Annual report on the Civil Veterinary Department, Burma (including the Insein Veterinary School) - 1910-1922
Year: 1910
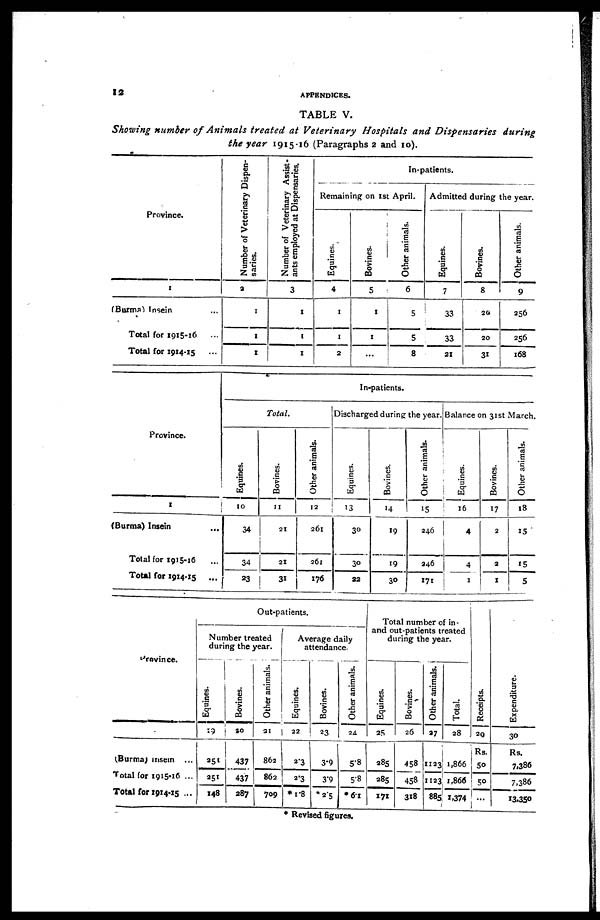
12
APPENDICES.
TABLE V.
Showing number of Animals treated at Veterinary Hospitals and Dispensaries during
the year 1915-16 (Paragraphs 2 and 10).
Province.
1
(Burma) Insein ...
Total for 1915-16 ...
Total for 1914-15 ...
Number of Veterinary Dispen-
saries.
2
1
1
1
Number of Veterinary Assist-
ants employed at Dispensaries.
3
1
1
1
In-patients.
Remaining on 1st April.
Equines.
4
1
1
2
Bovines-
5
1
1
...
Other animals.
6
5
5
8
Admitted during the year.
Equines.
7
33
33
21
Bovines.
8
20
20
31
Other animals.
9
256
256
168
Province.
1
(Burma) Insein
...
Total for 1915-16 ...
Total for 1914-15 ...
In-patients.
Total.
Equines.
10
34
34
23
Bovines.
11
21
21
31
Other animals.
12
261
261
176
Discharged during the year.
Equines.
13
30
30
22
Bovines.
14
19
19
30
Other animals.
15
24.6
246
171
Balance on 31st March.
Equines.
16
4
4
1
Bovines.
17
2
2
1
Other animals.
18
15
15
5
Province.
(Burma)
Insein ...
Total for 1915-16 ...
Total for 1914-15 ...
Out-patients.
Number treated
during the year.
Equines.
19
251
251
148
Bovines.
20
437
437
287
Other animals.
21
862
862
709
Average daily
attendance.
Equines.
22
2.3
2.3
*1.8
Bovines.
23
3.9
3.9
*2.5
Other animals.
24
5.8
5.8
* 6.1
Total number of in-
and out-patients treated
during the year.
Equines.
25
285
285
171
Bovines.
26
458
458
318
Other animals.
27
1123
1123
885
Total.
28
1,866
1,866
1,374
Receipts.
29
Rs.
50
50
...
Expenditure.
30
Rs.
7,386
7,386
13,350
* Revised figures.